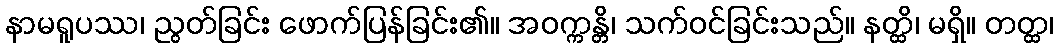
နာမရူပဿ၊ ညွတ်ခြင်း ဖောက်ပြန်ခြင်း၏။ အဝက္ကန္တိ၊ သက်ဝင်ခြင်းသည်။ နတ္ထိ၊ မရှိ။ တတ္ထ၊